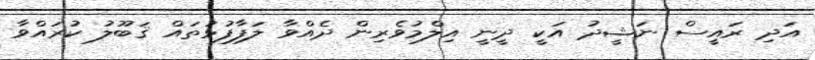
އަދި ރައީސް ނަޝީދު އަކީ ދީނީ އިލްމުވެރިން ދެއްވާ ލަފާފުޅުތައް ޤަބޫލު ކުރައްވާ